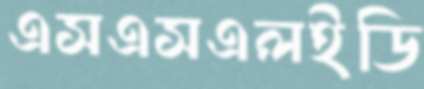
এসএসএলইডি